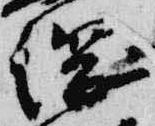
綱